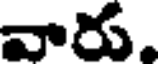
వారు.